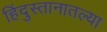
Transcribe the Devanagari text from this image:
हिंदुस्तानातल्या